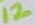
Text: 12